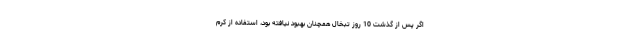
اگر پس از گذشت 10 روز تبخال همچنان بهبود نیافته بود، استفاده از کرم